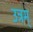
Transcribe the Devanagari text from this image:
उत्रम्